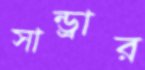
সান্ড্রার